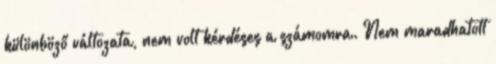
különböző változata, nem volt kérdéses a számomra. Nem maradhatott